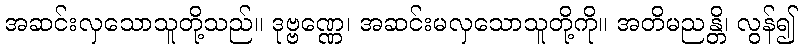
အဆင်းလှသောသူတို့သည်။ ဒုဗ္ဗဏ္ဏေ၊ အဆင်းမလှသောသူတို့ကို။ အတိမညန္တိ၊ လွန်၍